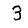
Digit: 3